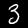
Label: 3